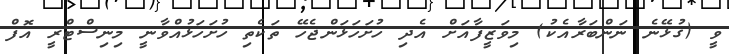
ވީ (ގުޅޭނެ ނަންބަރާއެކު) މިވަޒީފާއަށް އެދި ހުށަހަޅަންޖެހޭ ތަކެތި ހުށަހަޅުއްވާނީ މިނިސްޓްރީ އޮފް